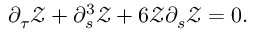
\partial _ { \tau } \mathcal { Z } + \partial _ { s } ^ { 3 } \mathcal { Z } + 6 \mathcal { Z } \partial _ { s } \mathcal { Z } = 0 .